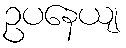
ဥပနေယျ